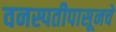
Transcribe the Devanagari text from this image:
वनस्पतीपासूनचे